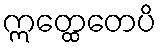
ဣတ္ထေတေပိ